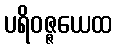
ပရိဝဇ္ဇယေထ